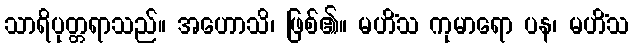
သာရိပုတ္တရာသည်။ အဟောသိ၊ ဖြစ်၏။ မဟိံသ ကုမာရော ပန၊ မဟိံသ